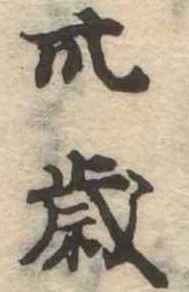
卅歳